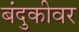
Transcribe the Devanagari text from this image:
बंदुकीवर